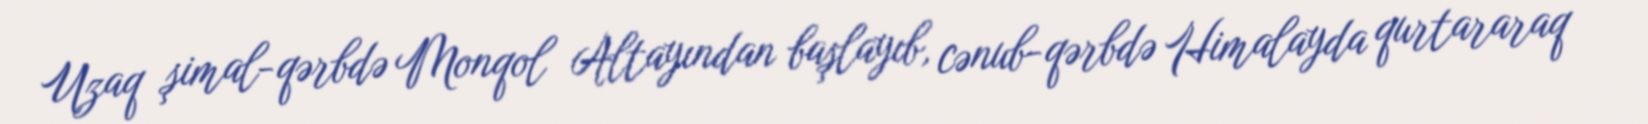
Uzaq şimal-qərbdə Monqol Altayından başlayıb, cənub-qərbdə Himalayda qurtararaq